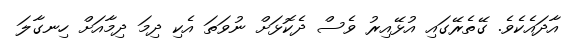
އާދައެކެވެ. ގޭތެރޭގައި އުޅޭއިރު ވެސް ދެކޮޅަށް ނުވަތަ އެކި ދިމަ ދިމާއަށް ހިނގާލަ